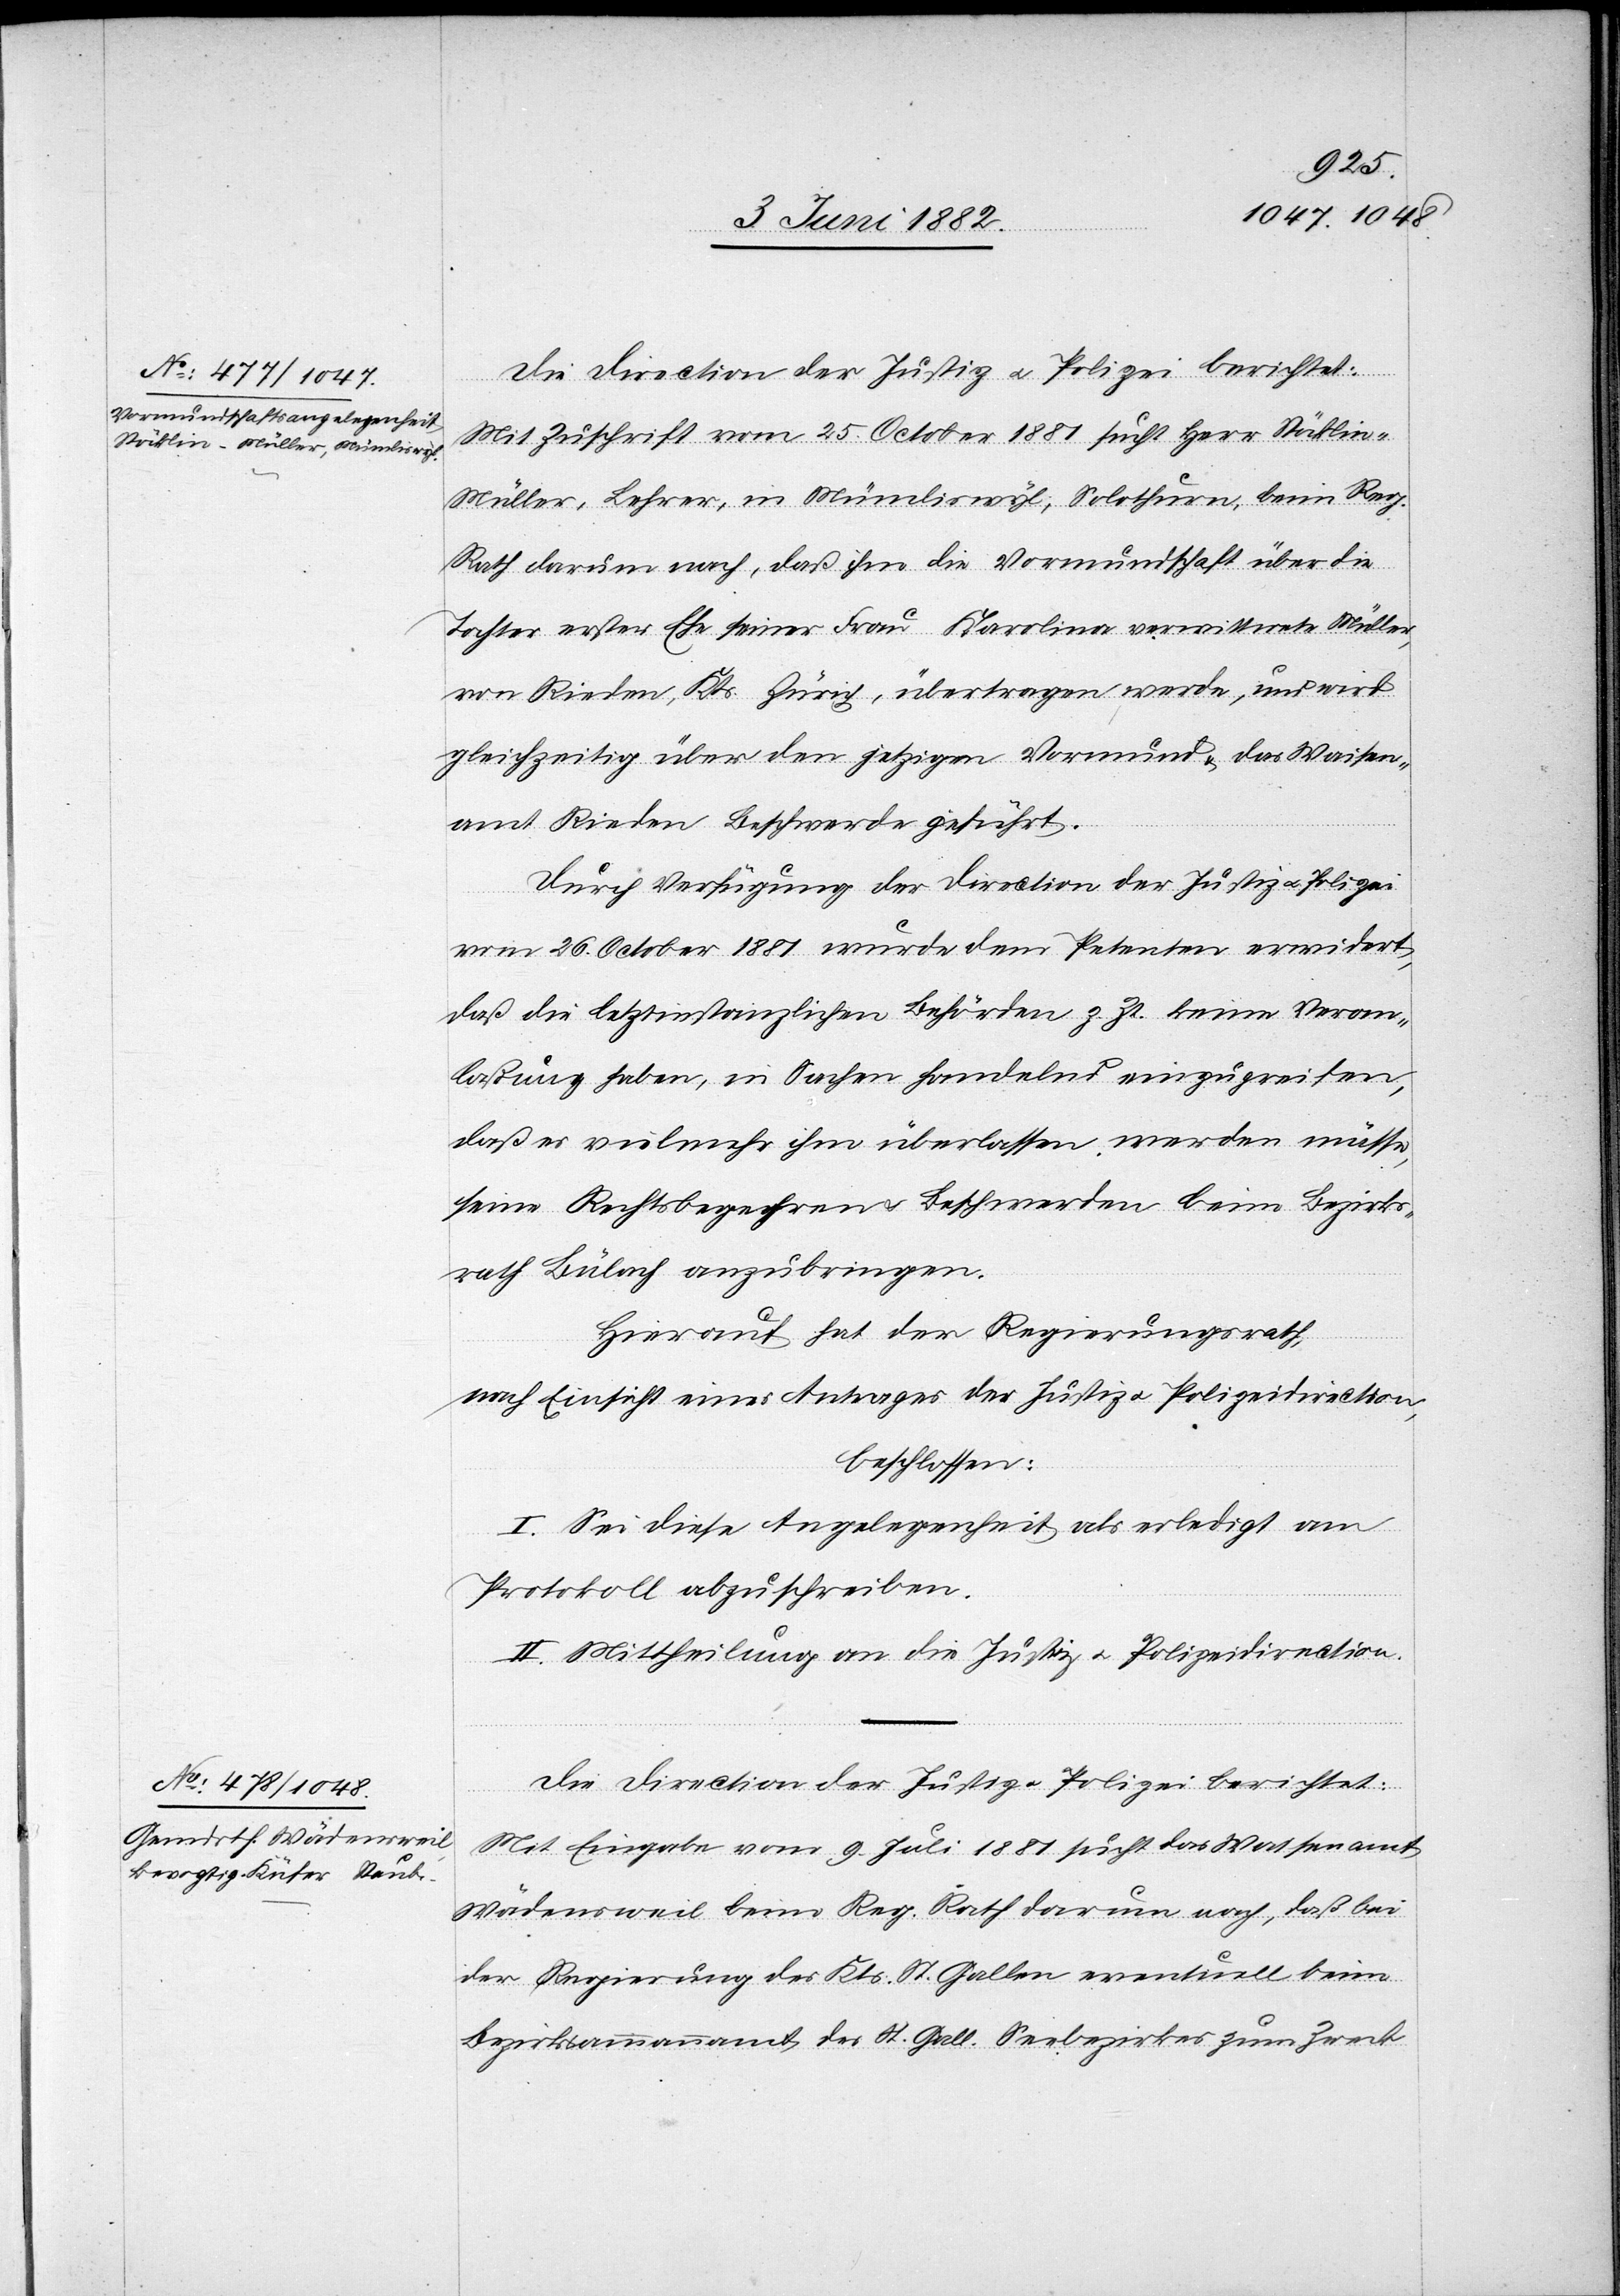
Die Direction der Justiz u. Polizei berichtet:
Mit Zuschrift vom 25. October 1881 sucht Herr Stöckli¬
n-Müller, Lehrer, in Mümliswyl, Solothurn, beim Reg.
Rath darum nach, daß ihm die Vormundschaft über die
Tochter erster Ehe seiner Frau Karolina, verwittwete Müller,
von Rieden, Kts. Zürich, übertragen werde, und wird
gleichzeitig über den jetzigen Vormund & das Waisen¬
amt Rieden Beschwerde geführt.
Durch Verfügung der Direction der Justiz u. Polizei
vom 26. October 1881 wurde dem Petenten erwidert,
daß die letztinstanzliche Behörde z. Zt. keine Veran¬
laßung habe, in Sachen handelnd einzugreifen,
daß es vielmehr ihm überlassen werden müsse,
seine Rechtsbegehren & Beschwerden beim Bezirks¬
rath Bülach anzubringen.
Hierauf hat der Regierungsrath,
nach Einsicht eines Antrages der Justiz- u. Polizeidirection,
beschlossen:
I. Sei diese Angelegenheit als erledigt am
Protokoll abzuschreiben.
II. Mittheilung an die Justiz- u. Polizeidirection.
Die Direction der Justiz u. Polizei berichtet:
Mit Eingabe vom 9. Juli 1881 sucht das Waisenamt
Wädensweil beim Reg. Rath darum nach, daß bei
der Regierung des Kts. St. Gallen eventuell beim
Bezirksammannamt des St. Gall. Seebezirkes zum Zweck